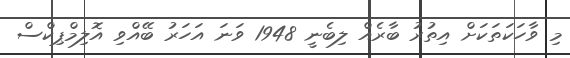
މި ވާހަކަތަކަށް އިތުރު ބާރެއް ލިބެނީ 1948 ވަނަ އަހަރު ބޭއްވި އޮލިމްޕިކްސް